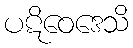
ပဋိဝေဒေသိ